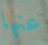
عنها